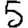
Digit: 5